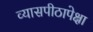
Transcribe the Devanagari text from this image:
व्यासपीठापेक्षा